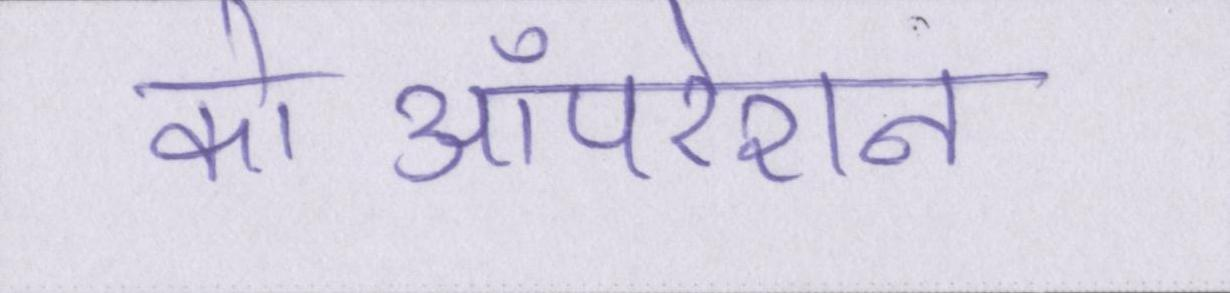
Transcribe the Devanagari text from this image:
कोऑपरेशन